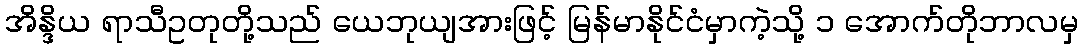
အိန္ဒိယ ရာသီဥတုတို့သည် ယေဘုယျအားဖြင့် မြန်မာနိုင်ငံမှာကဲ့သို့ ၁ အောက်တိုဘာလမှ